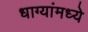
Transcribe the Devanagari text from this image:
धाग्यांमध्ये